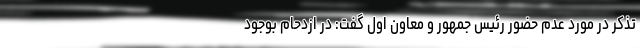
تذکر در مورد عدم حضور رئیس جمهور و معاون اول گفت: در ازدحام بوجود